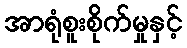
အာရုံစူးစိုက်မှုနှင့်